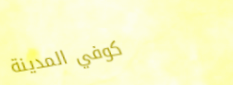
كوفي المدينة